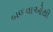
બળવાઓથી